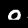
Label: 0